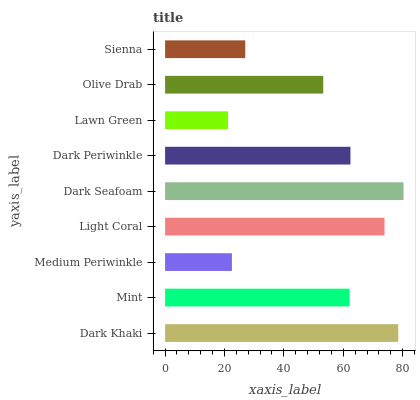
| yaxis_label | bars |
 | --- | --- |
 | Dark Khaki | 78.5 |
 | Mint | 62.1 |
 | Medium Periwinkle | 22.5 |
 | Light Coral | 73.9 |
 | Dark Seafoam | 80.3 |
 | Dark Periwinkle | 62.4 |
 | Lawn Green | 21.2 |
 | Olive Drab | 53.3 |
 | Sienna | 27 |